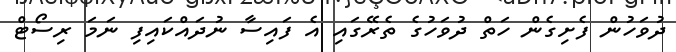
ދުވަހުން ފެށިގެން ހަތް ދުވަހުގެ ތެރޭގައި އެ ފައިސާ ނުދައްކައިފި ނަމަ ރިސޯޓް